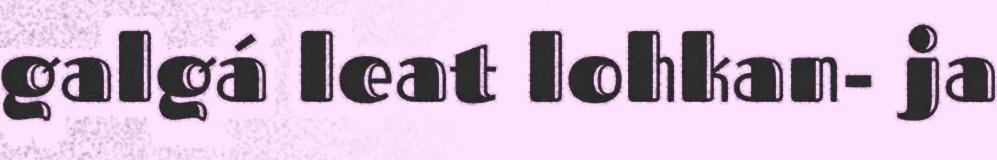
galgá leat lohkan- ja